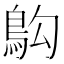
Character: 𫚱